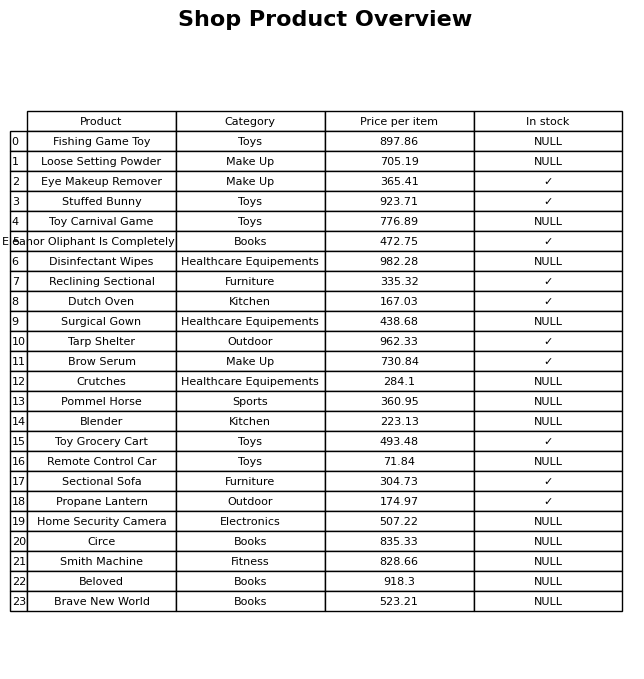
question: What is the price of the Surgical Gown?
answer: The price of Surgical Gown is 438.68.